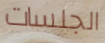
الجلسات